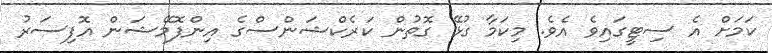
ކަމަށް އެ ސިޓީގައިވެ އެވެ. މިކަމާ ގުޅޭ ގޮތުން ކަރެކްޝަންސްގެ އިންފޮމޭޝަން އޮފިސަރު